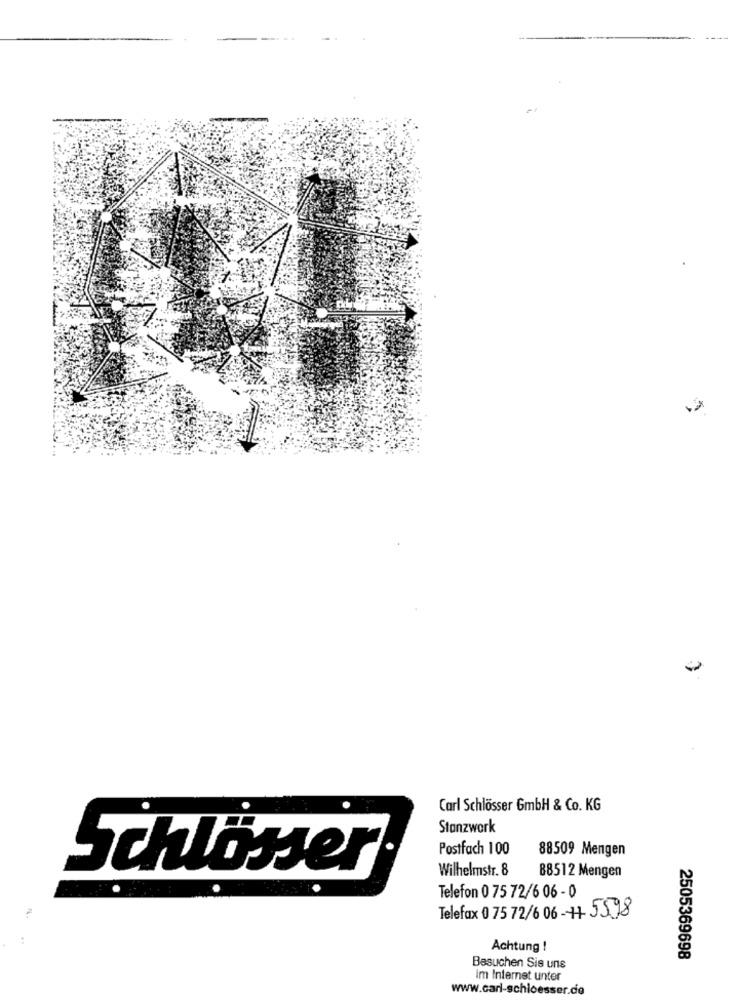
-
Carl Schlösser 6mbH & Co. KG
Stanzwork
Postfach 100
88509 Mengen
Wilhelmstr. 8
88512 Mengen
Schlösser
Telefon 0 75 72/6 06 - 0
Telefax 0 75 72/6 06 - # 55.98
Achtung !
2505369698
Besuchen Sis uns
Im Internet unter
www.carl-schloesser.do